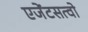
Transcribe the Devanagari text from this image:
एजेंटसत्वो